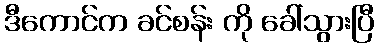
ဒီကောင်က ခင်စန်း ကို ခေါ်သွားပြီ